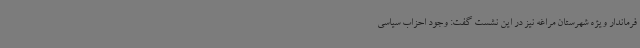
فرماندار ویژه شهرستان مراغه نیز در این نشست گفت: وجود احزاب سیاسی